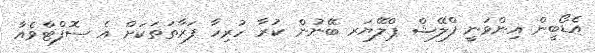
އެޑޯބީން އިންވަނީ ފްލޭޝް ޕްލޭޔަރ ބޭނުން ކުރާ ހުރިހާ ފަރާތަތަކަށް އެ ސޮފްޓްވެއާ